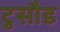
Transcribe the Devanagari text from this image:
टुसौड